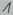
Text: 1